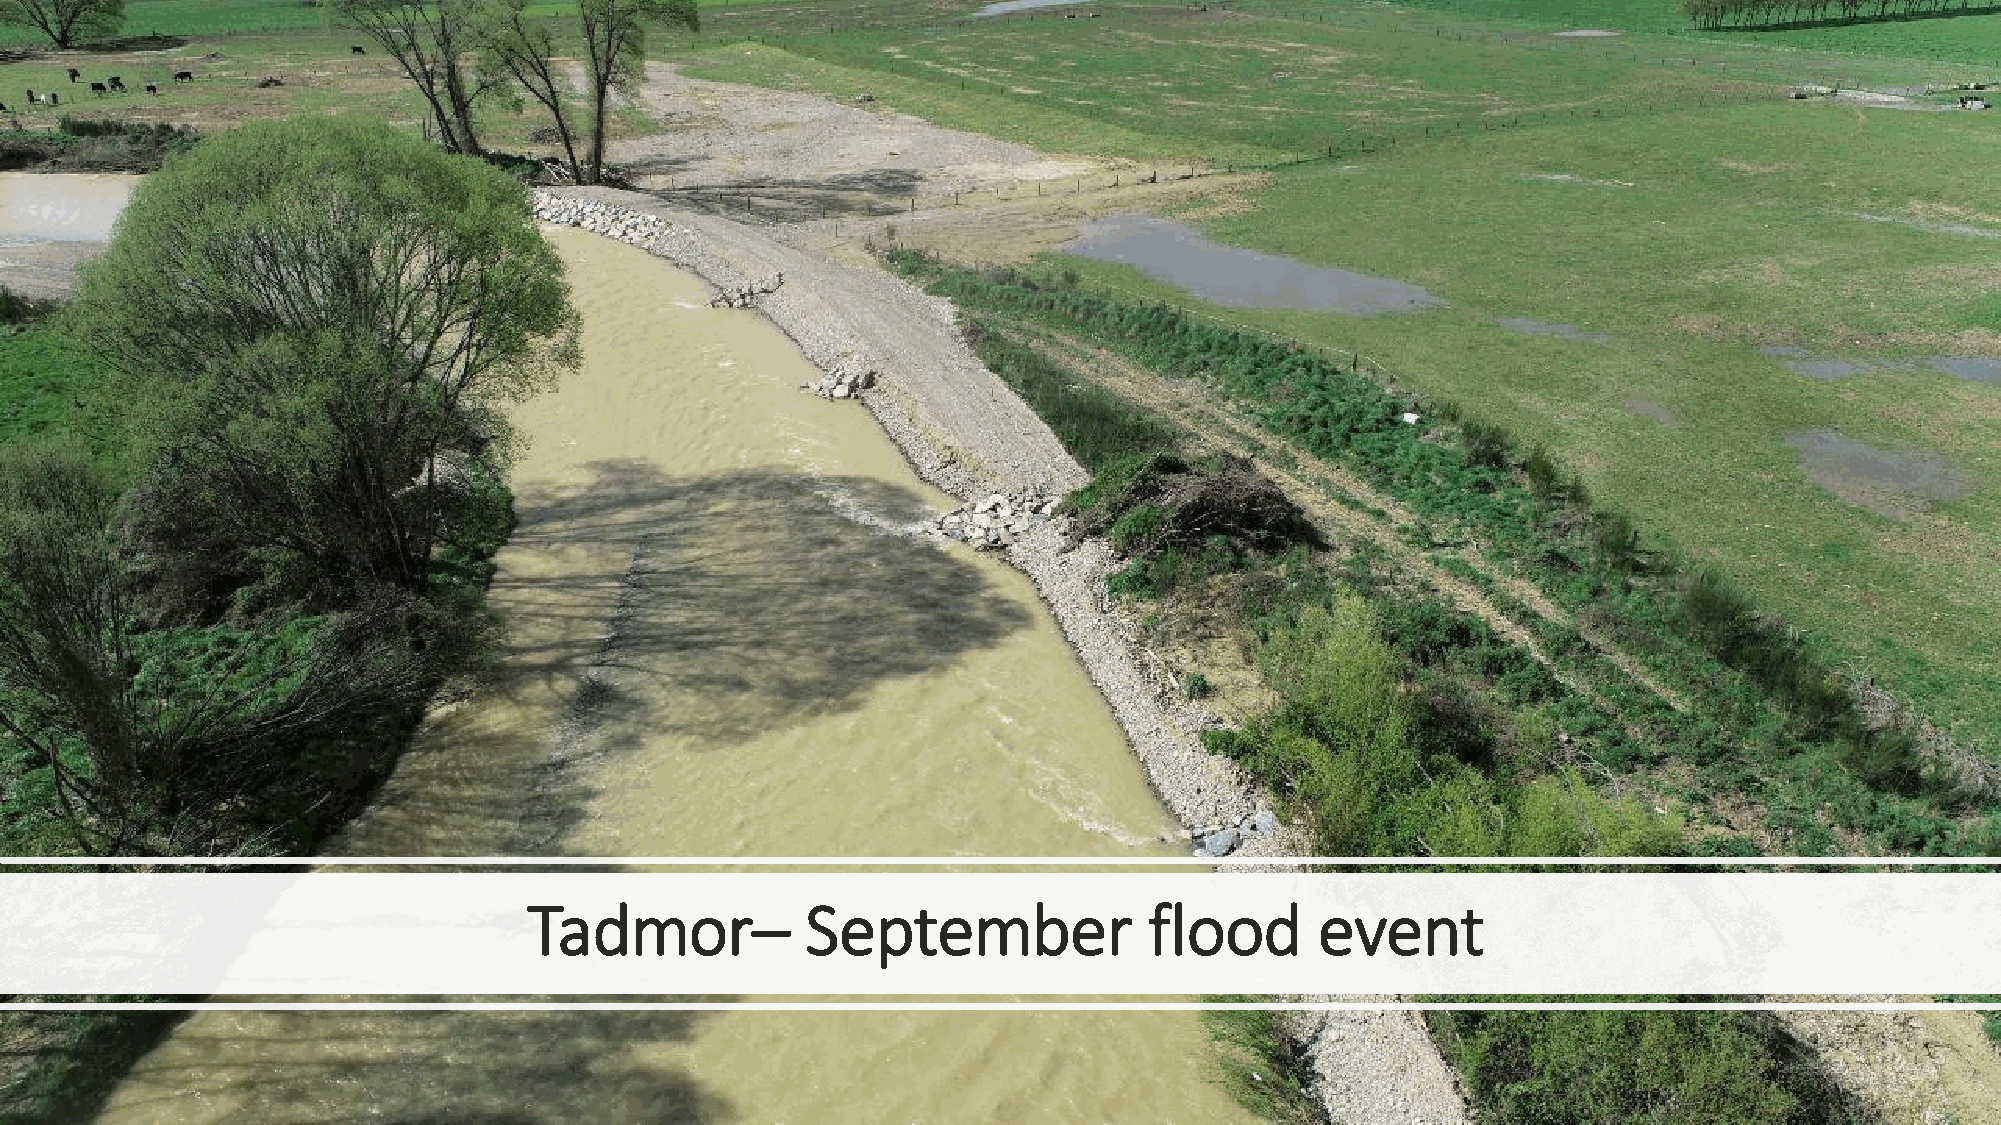
Tadmor–           September              flood      event